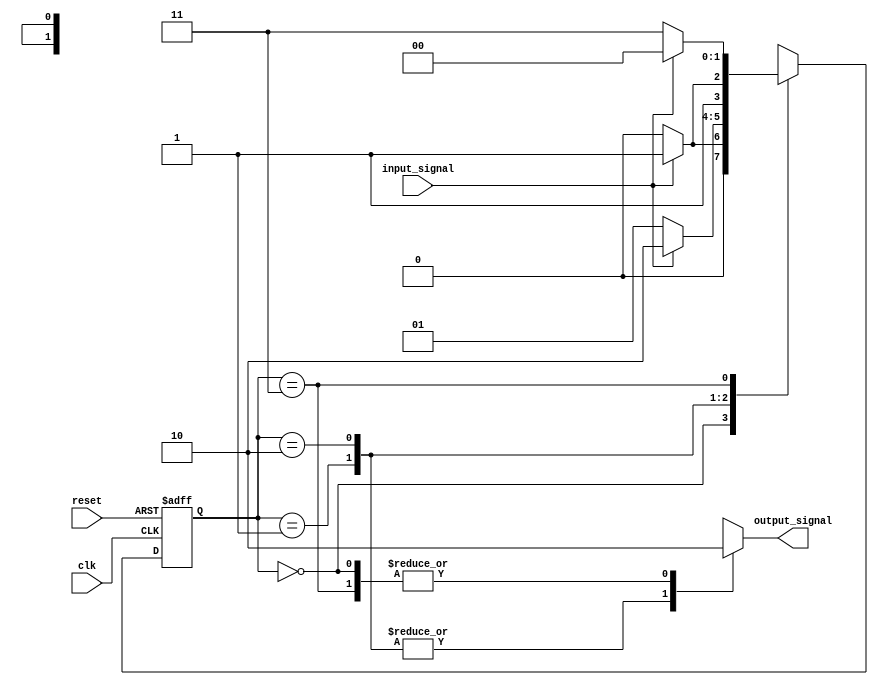
module MealyStateMachine (
    input wire clk,        // Clock signal
    input wire reset,      // Reset signal
    input wire input_signal, // Input signal
    output reg output_signal // Output signal
);

// State definitions
parameter S0 = 2'b00;
parameter S1 = 2'b01;
parameter S2 = 2'b10;
parameter S3 = 2'b11;

// State register
reg [1:0] current_state, next_state;

// Next state logic
always @ (posedge clk or posedge reset)
begin
    if (reset)
        current_state <= S0;
    else
        current_state <= next_state;
end

always @ (*)
begin
    case(current_state)
        S0: begin
            if (input_signal)
                next_state = S1;
            else
                next_state = S0;
            output_signal = 1'b0;
        end
        S1: begin
            if (input_signal)
                next_state = S2;
            else
                next_state = S1;
            output_signal = 1'b1;
        end
        S2: begin
            if (input_signal)
                next_state = S3;
            else
                next_state = S2;
            output_signal = 1'b1;
        end
        S3: begin
            if (input_signal)
                next_state = S0;
            else
                next_state = S3;
            output_signal = 1'b0;
        end
    endcase
end

endmodule